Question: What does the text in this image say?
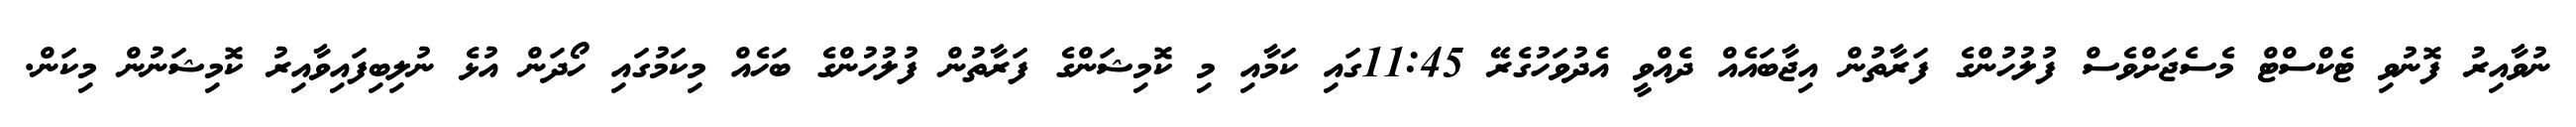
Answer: ނުވާއިރު ފޮނުވި ޓެކްސްޓް މެސެޖަށްވެސް ފުލުހުންގެ ފަރާތުން އިޖާބައެއް ދެއްވީ އެދުވަހުގެރޭ 11:45ގައި ކަމާއި މި ކޮމިޝަންގެ ފަރާތުން ފުލުހުންގެ ބަހެއް މިކަމުގައި ހޯދަން އުޅެ ނުލިބިފައިވާއިރު ކޮމިޝަނުން މިކަން.